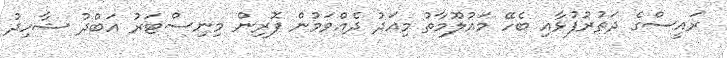
ރައީސްގެ ދަތުރުފުޅާއި ބެހޭ މައުލޫމާތު މިއަދު ދެއްވަމުން ފޮރިން މިނިސްޓަރު އަބްދު ޝާހިދު